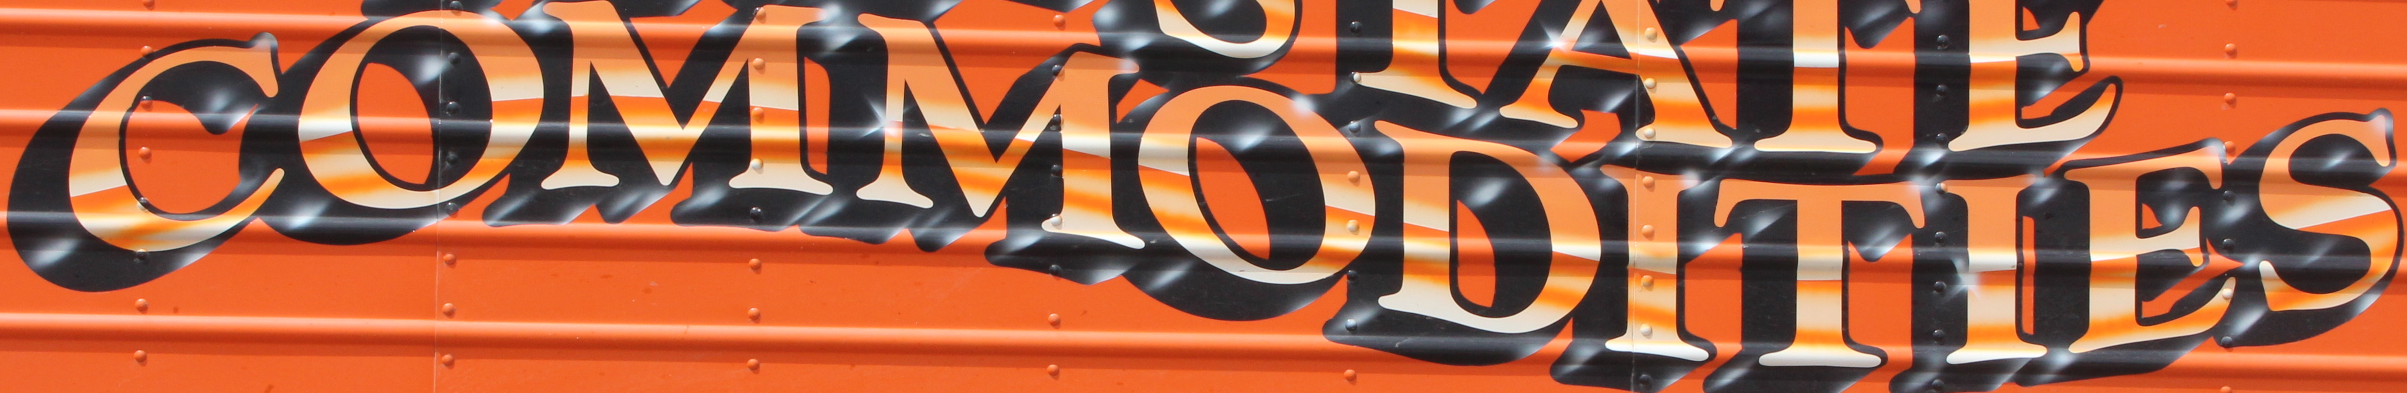
COMMODITIES